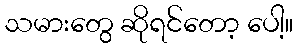
သမားတွေ ဆိုရင်တော့ ပေါ့။